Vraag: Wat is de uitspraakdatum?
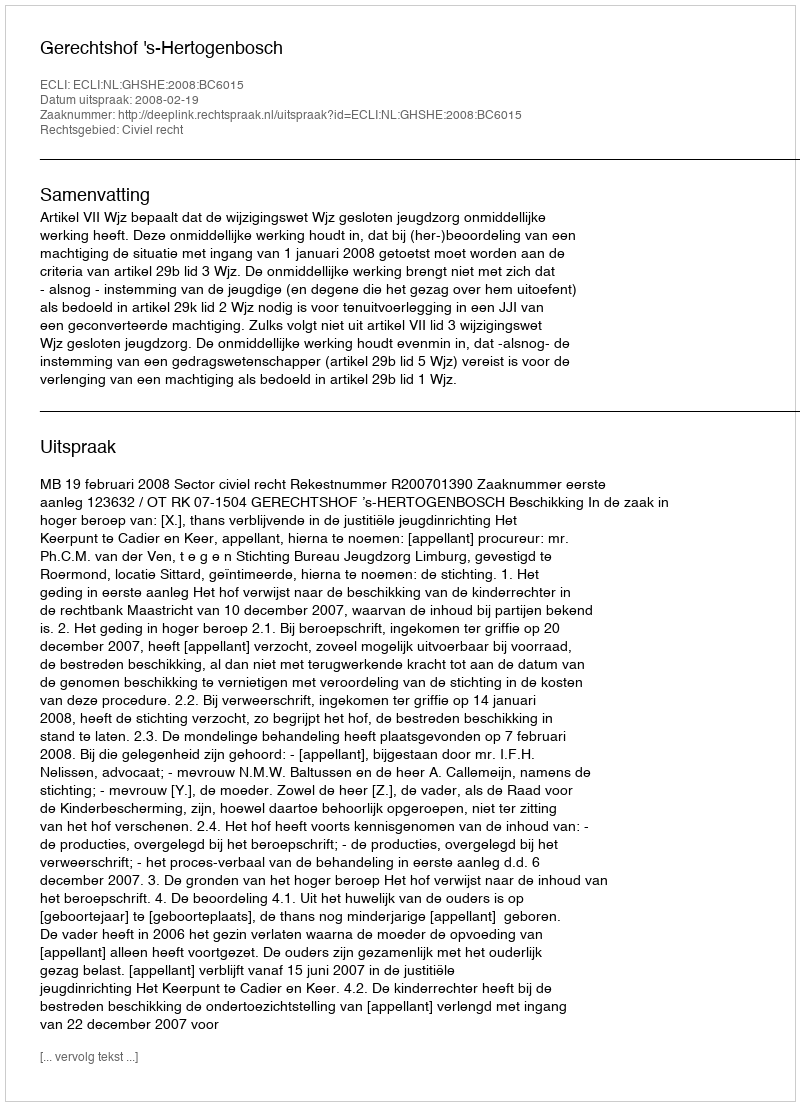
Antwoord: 2008-02-19